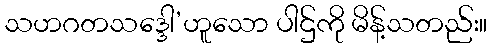
သဟဂတသဒ္ဒေါ’ဟူသော ပါဌ်ကို မိန့်သတည်း။